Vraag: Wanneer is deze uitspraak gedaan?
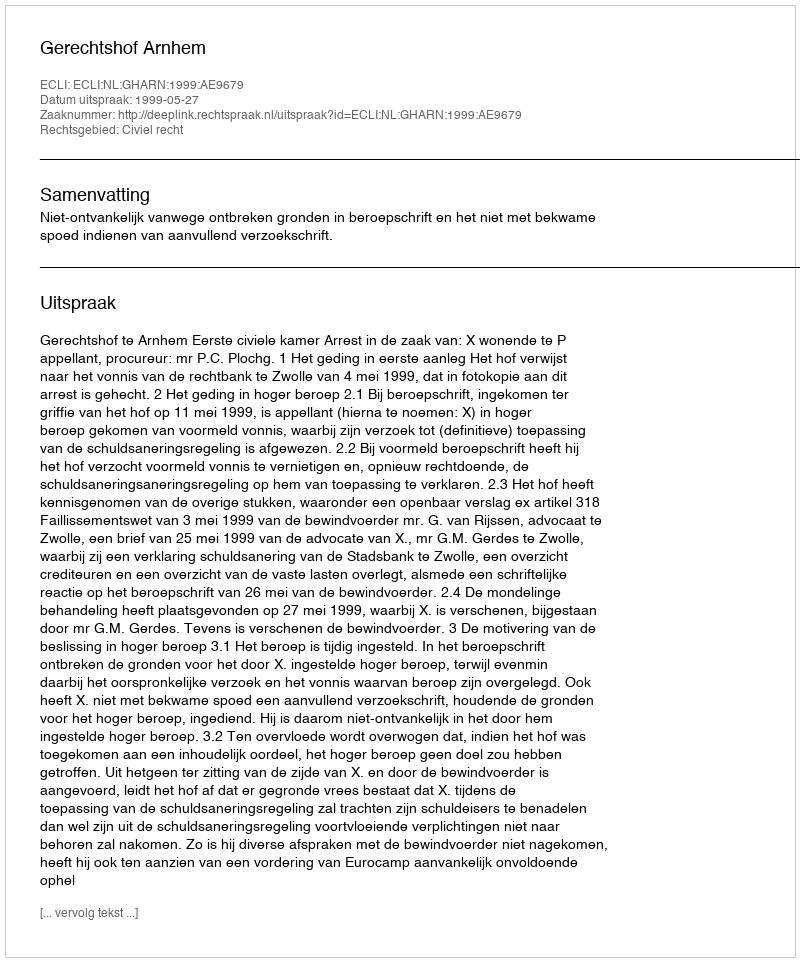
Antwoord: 1999-05-27